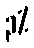
၃%